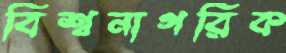
বিশ্বনাগরিক